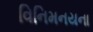
વિનિમનયના